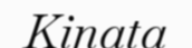
Kinata